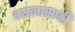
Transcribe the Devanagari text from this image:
चयनासाठी